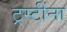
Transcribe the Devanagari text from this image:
ट्रस्टींना